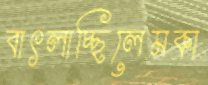
বাৎলাচ্ছিলেমকা